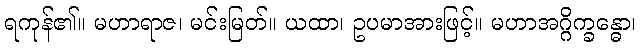
ရကုန်၏။ မဟာရာဇ၊ မင်းမြတ်။ ယထာ၊ ဥပမာအားဖြင့်။ မဟာအဂ္ဂိက္ခန္ဓော၊